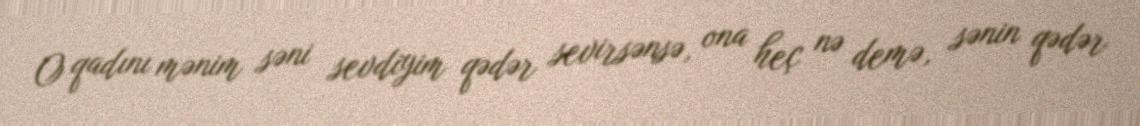
O qadını mənim səni sevdiyim qədər sevirsənsə, ona heç nə demə, sənin qədər